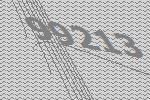
99213